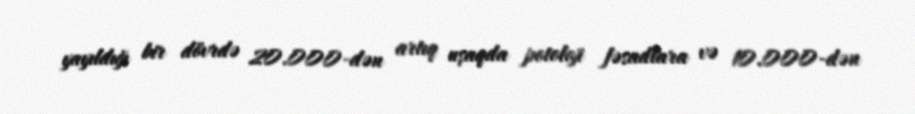
yayıldığı bir dövrdə 20.000-dən artıq uşaqda potoloji fəsadlara və 10.000-dən